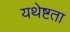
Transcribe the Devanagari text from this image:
यथेष्टता